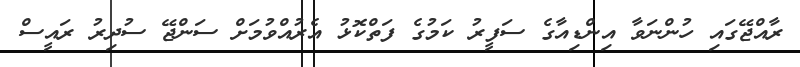
ރާއްޖޭގައި ހުންނަވާ އިންޑިއާގެ ސަފީރު ކަމުގެ ފަތްކޮޅު އެރުއްވުމަށް ސަންޖޭ ސުދިރު ރައީސް